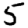
Digit: 5